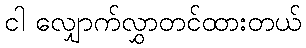
ငါ လျှောက်လွှာတင်ထားတယ်